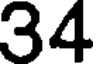
34